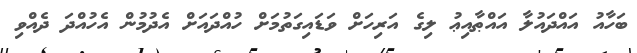
ބަހާއު އައްދައުލާ އައްޠާއިޢު ލިގެ އަރިހަށް ވަޑައިގަތުމަށް ހުއްދައަށް އެދުމުން އެހުއްދަ ދެއްވި